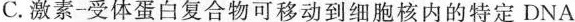
C.激素-受体蛋白复合物可移动到细胞核内的特定DNA